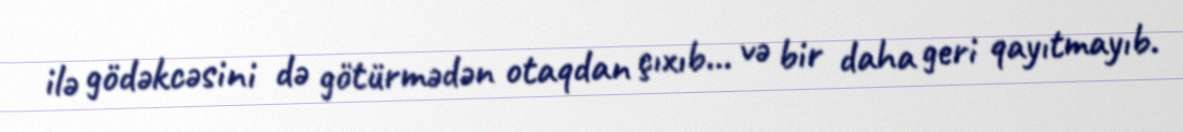
ilə gödəkcəsini də götürmədən otaqdan çıxıb... və bir daha geri qayıtmayıb.